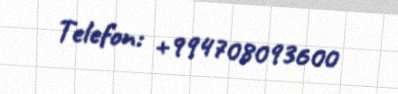
Telefon: +994708093600